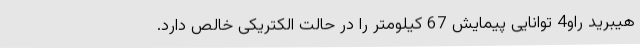
هیبرید راو4 توانایی پیمایش 67 کیلومتر را در حالت الکتریکی خالص دارد.